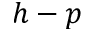
h - p